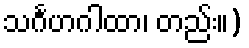
သင်္ဂဟဂါထာ၊ တည်း။)